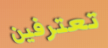
تعترفين